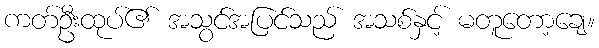
ကတ်ဦးထုပ်၏ အသွင်အပြင်သည် အသစ်နှင့် မတူတော့ချေ။